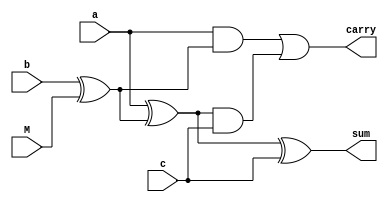
// Implementation of a 64 bit Adder and Subtractor using 64 1-bit Adders

module FA(a, b, c, M, sum, carry);

input a, b, c;
input M;
output sum, carry;
wire B, x, y, z;

xor x1(B, b, M);

xor x2(x, a, B);
xor x3(sum, x, c);
and a1(y, a, B);
and a2(z, x, c);
or o1(carry, y, z);

endmodule


module addsub_(in1, in2, M, sum, overflow);

input [63:0]in1;
input [63:0]in2;
input M;

output [63:0]sum;
output overflow;

wire [64:0]C;

assign C[0] = M;

genvar i;

generate
    for(i = 0; i < 64; i=i+1)
    begin
        FA full_adder(in1[i], in2[i], C[i], M, sum[i], C[i+1]);
    end
endgenerate


xor x1(overflow, C[64], C[63]);

endmodule